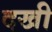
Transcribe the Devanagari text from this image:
दखी